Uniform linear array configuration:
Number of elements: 8
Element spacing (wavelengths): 0.75
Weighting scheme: cosine
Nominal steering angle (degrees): -15
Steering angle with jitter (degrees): -13.607
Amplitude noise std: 0.05
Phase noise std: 0.05

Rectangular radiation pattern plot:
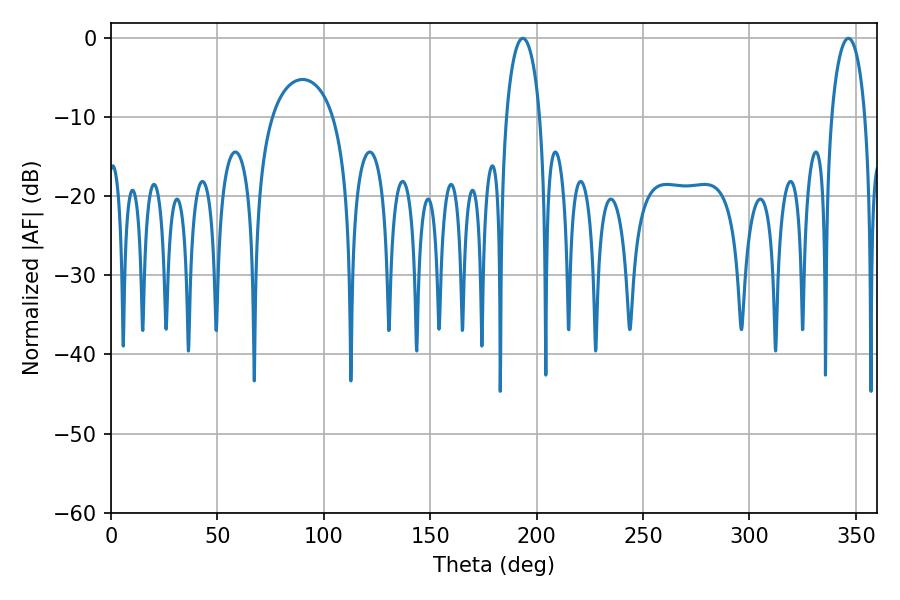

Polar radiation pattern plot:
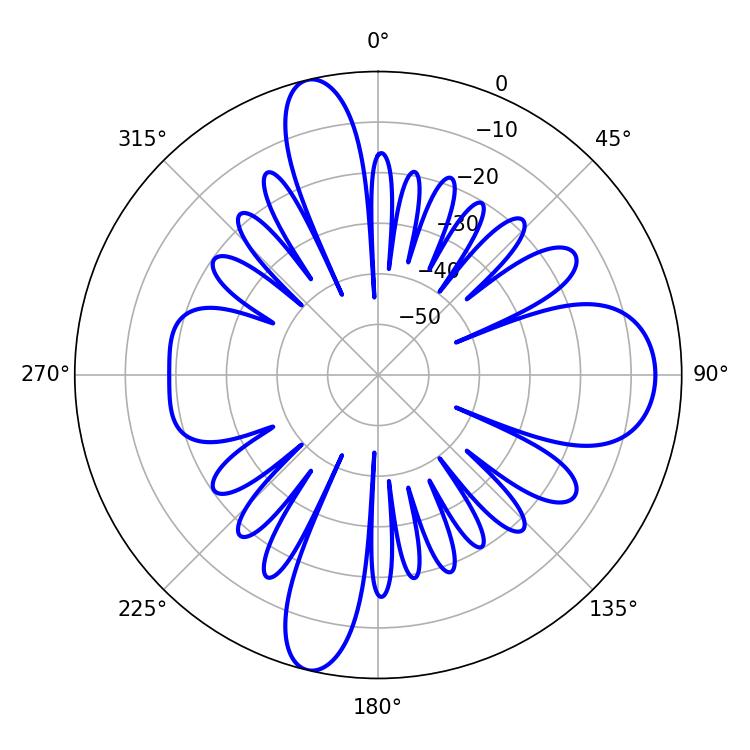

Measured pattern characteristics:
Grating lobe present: TRUE
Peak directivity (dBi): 16.821
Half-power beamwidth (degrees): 9
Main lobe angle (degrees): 193.5